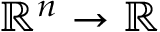
\mathbb { R } ^ { n } \to \mathbb { R }